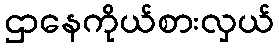
ဌာနေကိုယ်စားလှယ်